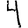
Digit: 4